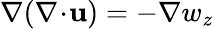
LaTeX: \nabla(\nabla\! \cdot\! \mathbf{u})=-\nabla w_{z}